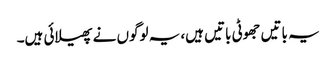
یہ باتیں جھوٹی باتیں ہیں، یہ لوگوں نے پھیلائی ہیں۔